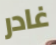
غادر